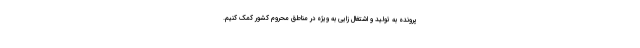
پرونده به تولید و اشتغال زایی به ویژه در مناطق محروم کشور کمک کنیم.